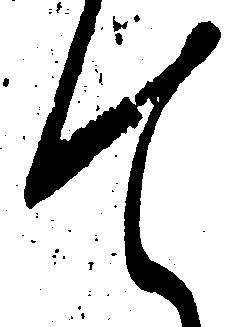
て